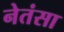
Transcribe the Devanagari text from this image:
नेतंसा